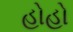
હોહો